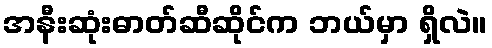
အနီးဆုံးဓာတ်ဆီဆိုင်က ဘယ်မှာ ရှိလဲ။